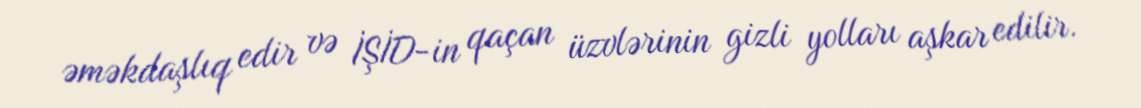
əməkdaşlıq edir və İŞİD-in qaçan üzvlərinin gizli yolları aşkar edilir.